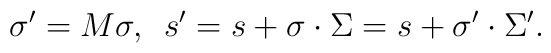
\sigma '=M\sigma ,\enspace s'=s+\sigma\cdot\Sigma =s+\sigma '\cdot\Sigma '.